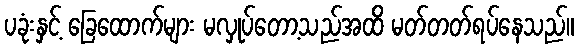
ပခုံးနှင့် ခြေထောက်များ မလှုပ်တော့သည်အထိ မတ်တတ်ရပ်နေသည်။